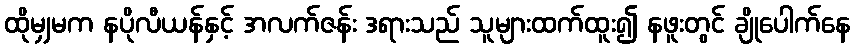
ထိုမျှမက နပိုလီယန်နှင့် အလက်ဇန်း ဒရားသည် သူများထက်ထူး၍ နဖူးတွင် ချိုပေါက်နေ